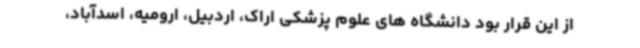
از این قرار بود دانشگاه های علوم پزشکی اراک، اردبیل، ارومیه، اسدآباد،